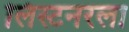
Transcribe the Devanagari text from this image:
लिस्टनरला